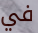
في